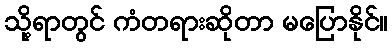
သို့ရာတွင် ကံတရားဆိုတာ မပြောနိုင်။